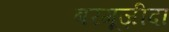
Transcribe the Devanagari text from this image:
बरगूज़ीदा